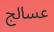
عسالج